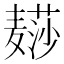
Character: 𱋨